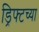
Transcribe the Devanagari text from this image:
ड्रिफ्टच्या